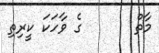
މާތް       ގެ ވާހަކަ ކީރިތި